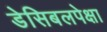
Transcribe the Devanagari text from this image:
डेसिबलपेक्षा